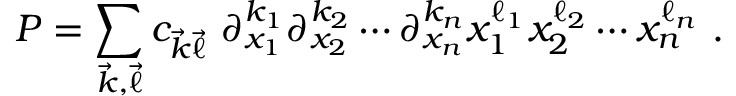
P = \sum _ { { \vec { k } } , { \vec { \ell } } } c _ { { \vec { k } } { \vec { \ell } } } \, \, \partial _ { x _ { 1 } } ^ { k _ { 1 } } \partial _ { x _ { 2 } } ^ { k _ { 2 } } \cdots \partial _ { x _ { n } } ^ { k _ { n } } x _ { 1 } ^ { \ell _ { 1 } } x _ { 2 } ^ { \ell _ { 2 } } \cdots x _ { n } ^ { \ell _ { n } } ~ .